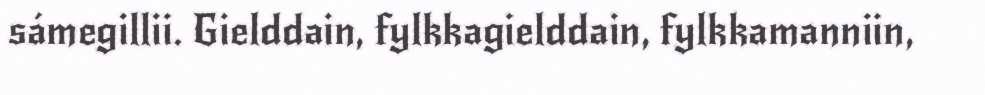
sámegillii. Gielddain, fylkkagielddain, fylkkamanniin,